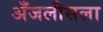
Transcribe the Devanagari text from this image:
अँजलीसला